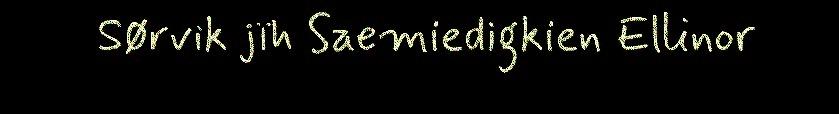
Sørvik jïh Saemiedigkien Ellinor